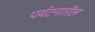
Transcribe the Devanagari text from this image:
पर्यटनातील